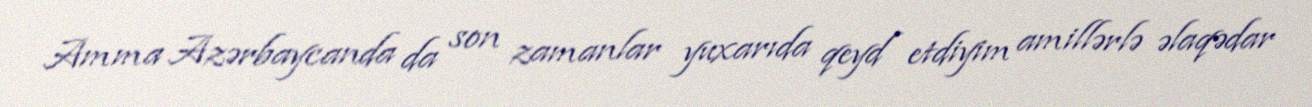
Amma Azərbaycanda da son zamanlar yuxarıda qeyd etdiyim amillərlə əlaqədar